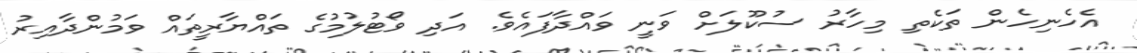
އެހެނިހެން ތަކެތި މިހާރު ސުކޫލަށް ވަނީ ވައްދާފައެވެ. އަދި ވޯޓުލުމުގެ ތައްޔާރީތައް ވަމުންދާއިރު